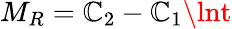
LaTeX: M_{R}=\mathbb{C}_{2}-\mathbb{C}_{1}\lnt